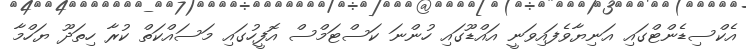
އެކްސިޑެންޓްގައި އަނިޔާވެފައިވަނީ އައްޑޫގައި ހުންނަ ކަސްޓަމްސް އޮފީހުގައި މަސައްކަތް ކުރާ ހިތަދޫ ޔަހްމާ